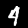
Label: 4